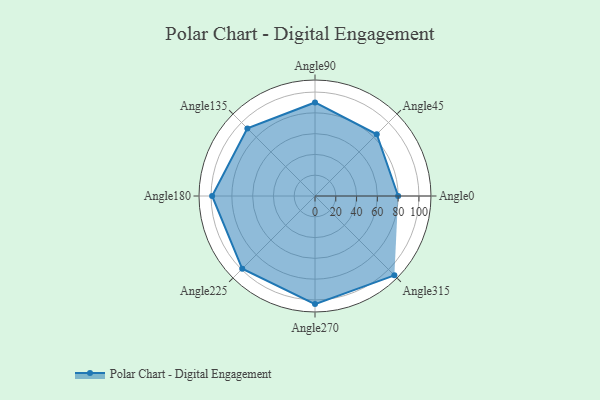
{"axis": {"x": "Angle", "y": "Radius"}, "legend": [""], "data": [{"x": "Angle0", "y": 80.0, "type": ""}, {"x": "Angle45", "y": 84.0, "type": ""}, {"x": "Angle90", "y": 90.0, "type": ""}, {"x": "Angle135", "y": 92.0, "type": ""}, {"x": "Angle180", "y": 99.0, "type": ""}, {"x": "Angle225", "y": 99.0, "type": ""}, {"x": "Angle270", "y": 104.0, "type": ""}, {"x": "Angle315", "y": 108.0, "type": ""}]}